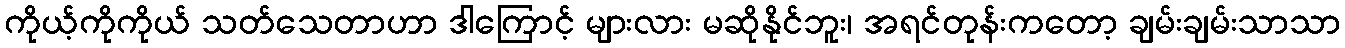
ကိုယ့်ကိုကိုယ် သတ်သေတာဟာ ဒါကြောင့် များလား မဆိုနိုင်ဘူး၊ အရင်တုန်းကတော့ ချမ်းချမ်းသာသာ